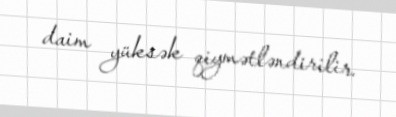
daim yüksək qiymətləndirilir.